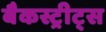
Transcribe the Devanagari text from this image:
बैकस्ट्रीट्स